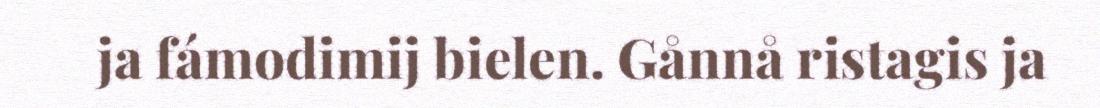
ja fámodimij bielen. Gånnå ristagis ja